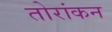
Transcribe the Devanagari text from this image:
तोरांकन